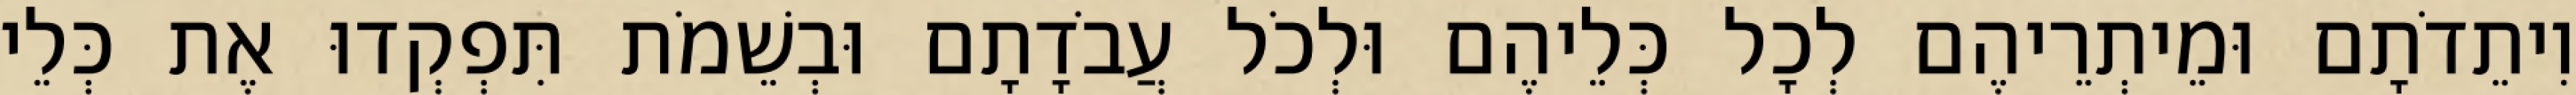
וִיתֵדֹתָם וּמֵיתְרֵיהֶם לְכָל כְּלֵיהֶם וּלְכֹל עֲבֹדָתָם וּבְשֵׁמֹת תִּפְקְדוּ אֶת כְּלֵי